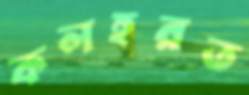
কলহরত